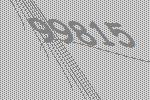
99815